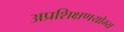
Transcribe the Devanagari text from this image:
अप्रशिक्षणयोग्य